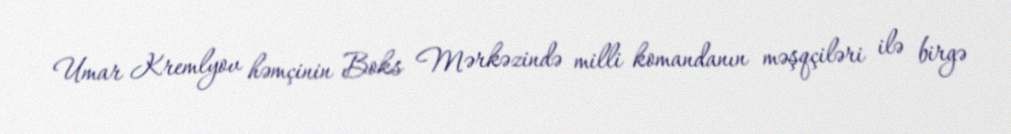
Umar Kremlyov həmçinin Boks Mərkəzində milli komandanın məşqçiləri ilə birgə